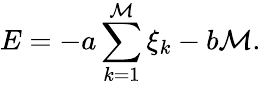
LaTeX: E=-a\sum_{k=1}^{\mathcal M}\xi_{k}-b{\mathcal M}.